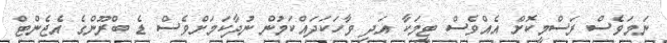
ނަމަވެސް ރަސްމީކޮށް އެއްވެސް ޓީމަކާ އަދި ވާހަކަދައްކަމުން ނުދާކަމަށްވެސް ޑެ ބްރޫންގެ އެޖެންޓް